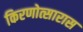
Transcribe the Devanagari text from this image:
किरणोत्सारास